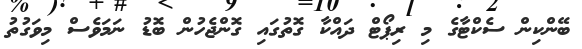
ބޭންކިން ސެކްޓާގެ މި ރިޕޯޓް ދައްކާ ގޮތުގައި ގޮންޖެހުން ބޮޑު ނަމަވެސް މިވަގުތު